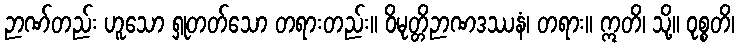
ဉာဏ်တည်း ဟူသော ရှုတတ်သော တရားတည်း။ ဝိမုတ္တိဉာဏဒဿနံ၊ တရား။ ဣတိ၊ သို့။ ဝုစ္စတိ၊